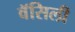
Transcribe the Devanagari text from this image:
वॅसिली